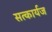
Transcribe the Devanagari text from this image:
सत्कार्यज